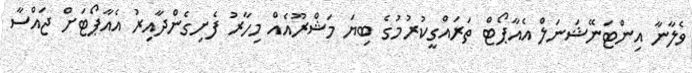
ވެލާނާ އިންޓަނޭޝަނަލް އެއާޕޯޓް ތަރައްގީކުރުމުގެ ބިޔަ މަޝްރޫއެއް މިހާރު ފެށިގެންދާއިރު އެއާޕޯޓަށް ޖައްސާ